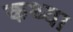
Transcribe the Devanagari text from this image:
कथ्या